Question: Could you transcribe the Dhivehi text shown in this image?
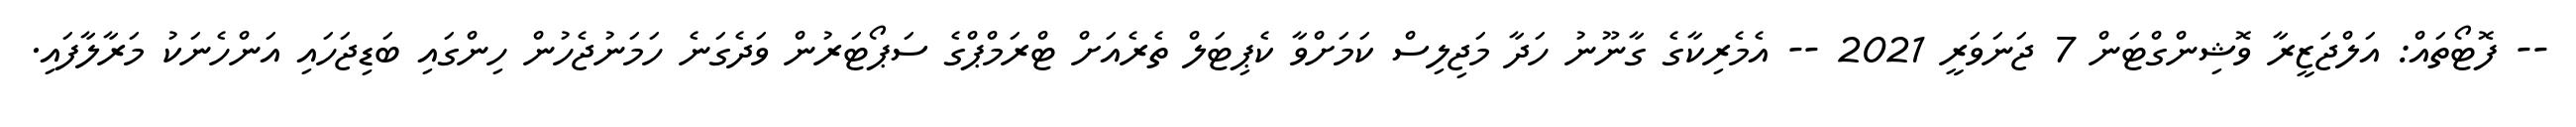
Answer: -- ފޮޓޯތައް: އަލްޖަޒީރާ ވޮޝިންގްޓަން 7 ޖަނަވަރީ 2021 -- އެމެރިކާގެ ގާނޫނު ހަދާ މަޖިލިސް ކަމަށްވާ ކެޕިޓަލް ތެރެއަށް ޓްރަމްޕްގެ ސަޕޯޓަރުން ވަދެގަނެ ހަމަނުޖެހުން ހިންގައި ބަޑިޖަހައި އަންހެނަކު މަރާލާފައި.